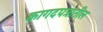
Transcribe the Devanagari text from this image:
कागदपत्रातील